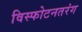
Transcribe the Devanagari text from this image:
विस्फोटनतरंग